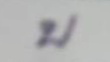
บ